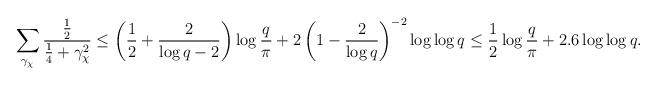
LaTeX: \begin{align*}\sum_{\gamma_{\chi}}\frac{\frac{1}{2}}{\frac{1}{4}+\gamma_{\chi}^2} & \leq \left(\dfrac{1}{2}+\dfrac{2}{\log q -2}\right)\log{\dfrac{q}{\pi}}+2\left(1-\dfrac{2}{\log q}\right)^{-2}\log\log q\leq \dfrac{1}{2}\log{\dfrac{q}{\pi}}+ 2.6\log\log q.\end{align*}